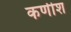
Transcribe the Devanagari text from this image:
कणीश